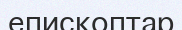
епископтар